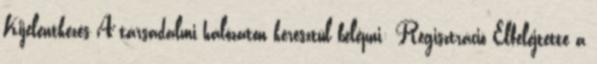
Kijelentkezés A társadalmi hálózaton keresztül belépni: Regisztráció Elfelejtette a